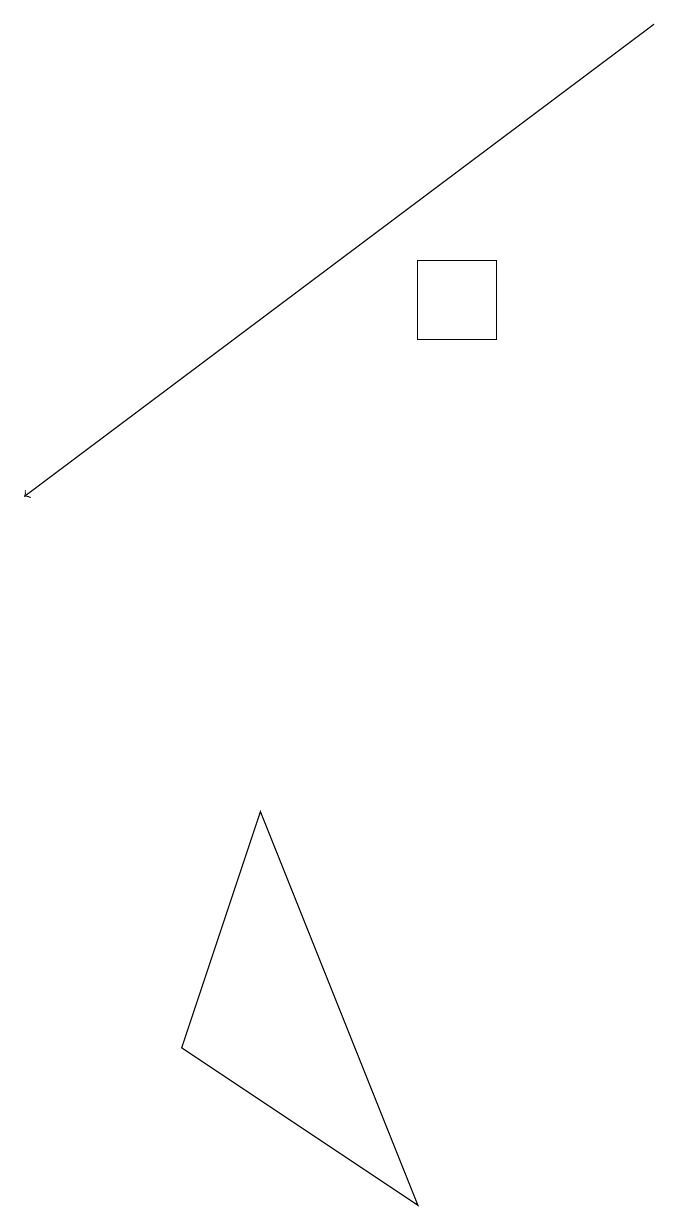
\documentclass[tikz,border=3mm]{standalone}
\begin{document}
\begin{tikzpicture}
\draw (6,13) rectangle (5,12);
\draw (2,3) -- (5,1) -- (3,6) -- cycle;
\draw[->] (8,16) -- (0,10);
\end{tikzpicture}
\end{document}